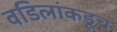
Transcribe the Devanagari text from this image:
वडिलांकडूच